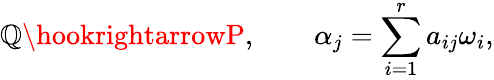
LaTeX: \mathbb{Q}\hookrightarrowP,\qquad\alpha_{j}=\sum_{i=1}^{r}a_{ij}\omega_{i},